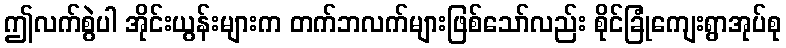
ဤလက်စွဲပါ အိုင်းယွန်းများက တက်ဘလက်များဖြစ်သော်လည်း စိုင်ခြုံကျေးရွာအုပ်စု